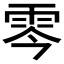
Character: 𩂇